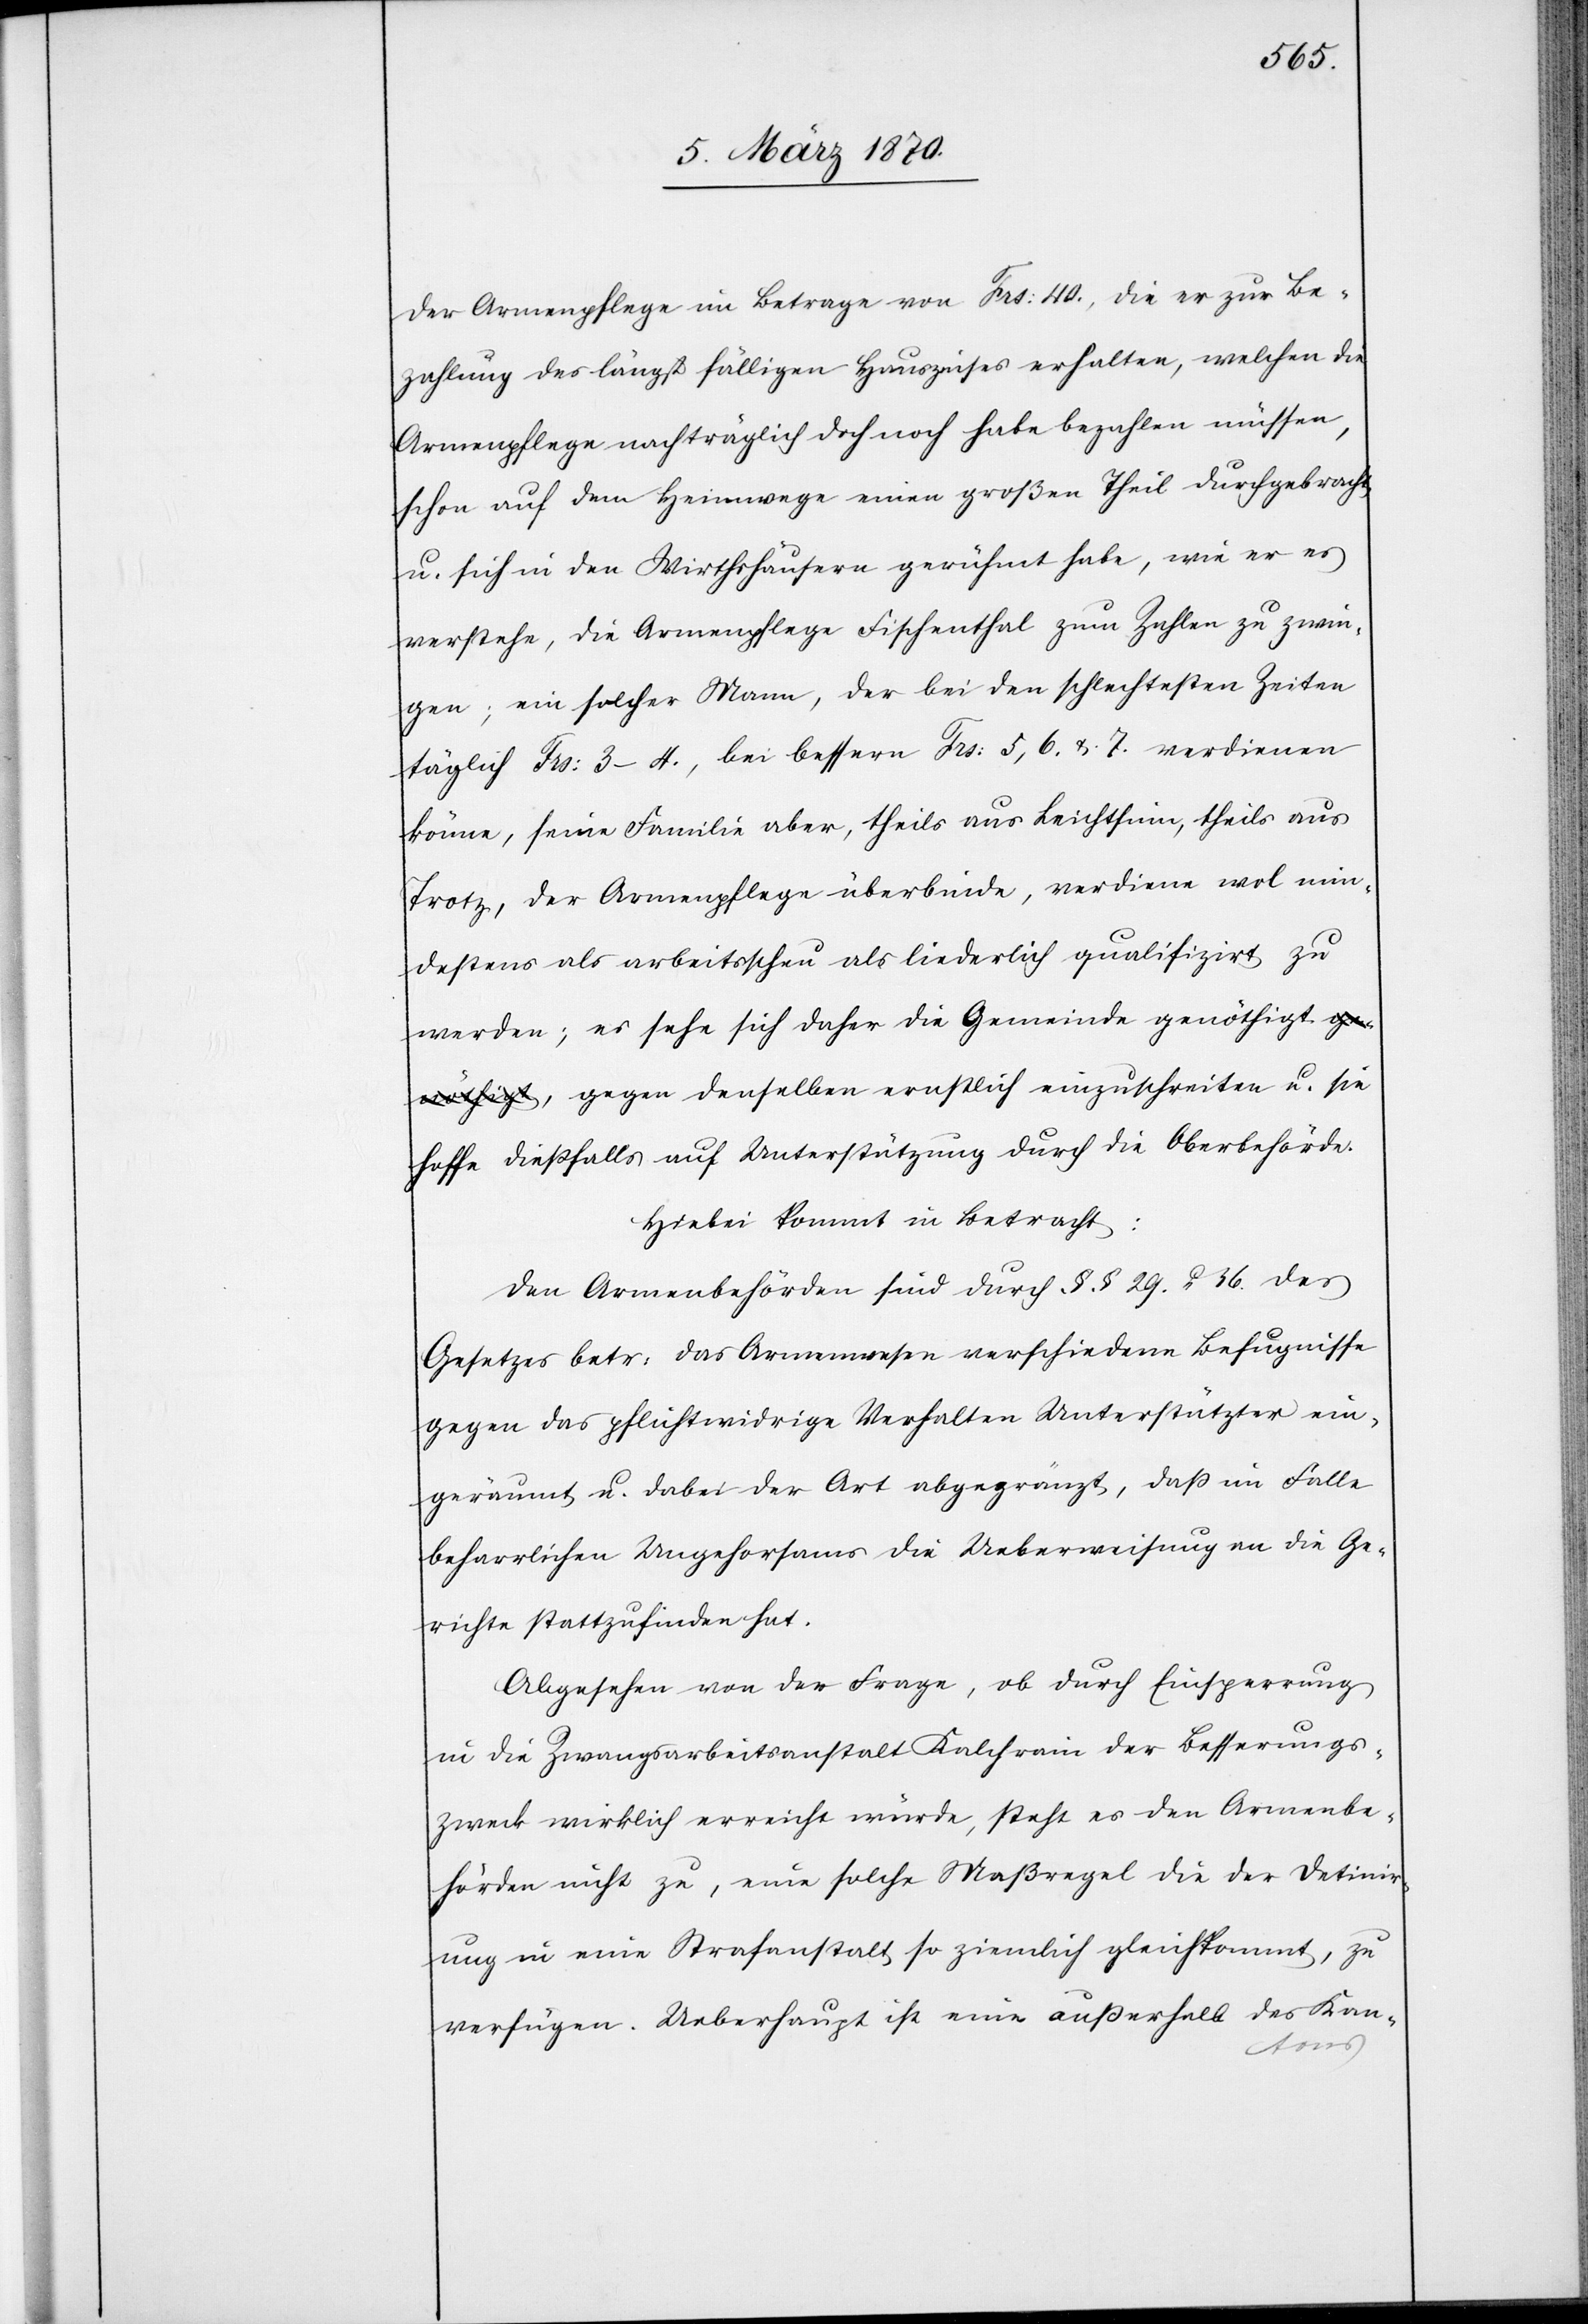
der Armenpflege im Betrage von Frs: 40., die er zur Be¬
zahlung des längst fälligen Hauszinses erhalten, welchen die
Armenpflege nachträglich doch noch habe bezahlen müssen,
schon auf dem Heimwege einen großen Theil durchgebracht
u. sich in den Wirthschaften gerühmt habe, wie er es
verstehe, die Armenpflege Fischenthal zum Zahlen zu zwin¬
gen; ein solcher Mann, der bei den schlechtesten Zeiten
täglich Frs: 3–4., bei bessern Frs: 5, 6. & 7. verdienen
könne, seine Familie aber, theils aus Leichtsinn, theils aus
Trotz, der Armenpflege überbinde, verdiene wol min¬
destens als arbeitsscheu als liederlich qualifizirt zu
werden; es sehe sich daher die Gemeinde genöthig¬
t, gegen denselben ernstlich einzuschreiten u. sie
hoffe dießfalls auf Unterstützung durch die Oberbehörde.
Hiebei komm in Betracht:
Den Armenbehörden sind durch §§ 29. u. 36. des
Gesetzes betr: das Armenwesen verschiedene Befugnisse
gegen das pflichtwidrige Verhalten Unterstützter ein¬
geräumt u. dabei der Art abgegränzt, daß im Falle
beharrlichen Ungehorsams die Ueberweisung an die Ge¬
richte stattzufinden hat.
Abgesehen von der Frage, ob durch Einsperrung
in die Zwangsarbeitsanstalt Kalchrain der Besserungs¬
zweck wirklich erreicht würde, steht es den Armenbe¬
hörden nicht zu, eine solche Maßregel die der Detinir¬
ung in eine Strafanstalt so ziemlich gleichkommt, zu
verfügen. Ueberhaupt ist eine außerhalb des Kan-